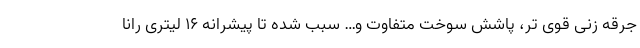
جرقه زنی قوی تر، پاشش سوخت متفاوت و… سبب شده تا پیشرانه ۱۶ لیتری رانا